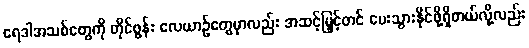
ရေဒါအသစ်တွေကို တိုင်ဖွန်း လေယာဉ်တွေမှာလည်း အဆင့်မြှင့်တင် ပေးသွားနိုင်ဖို့ရှိတယ်လို့လည်း